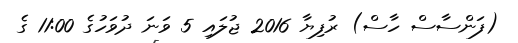
(ފަންސާސް ހާސް) ރުފިޔާ 2016 ޖުލައި 5 ވަނަ ދުވަހުގެ 11:00 ގެ